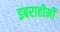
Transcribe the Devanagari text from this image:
इबराहीमी